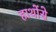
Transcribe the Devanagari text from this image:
हाथोंसे